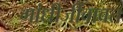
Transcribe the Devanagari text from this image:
गांधीजींबाबत